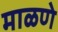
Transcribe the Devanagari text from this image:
माळणे